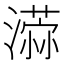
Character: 𣿻